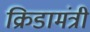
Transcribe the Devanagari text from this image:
क्रिडामंत्री